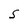
Character: S